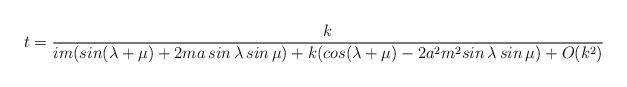
LaTeX: \begin{align*}t=\frac{k}{im(sin(\lambda +\mu )+2ma\,sin\,\lambda \,sin\,\mu)+k(cos(\lambda +\mu )-2a^{2}m^{2}sin\,\lambda \,sin\,\mu )+O(k^{2})}\end{align*}